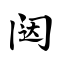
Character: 闼